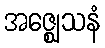
အဇ္ဈေသနံ